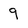
Character: 9